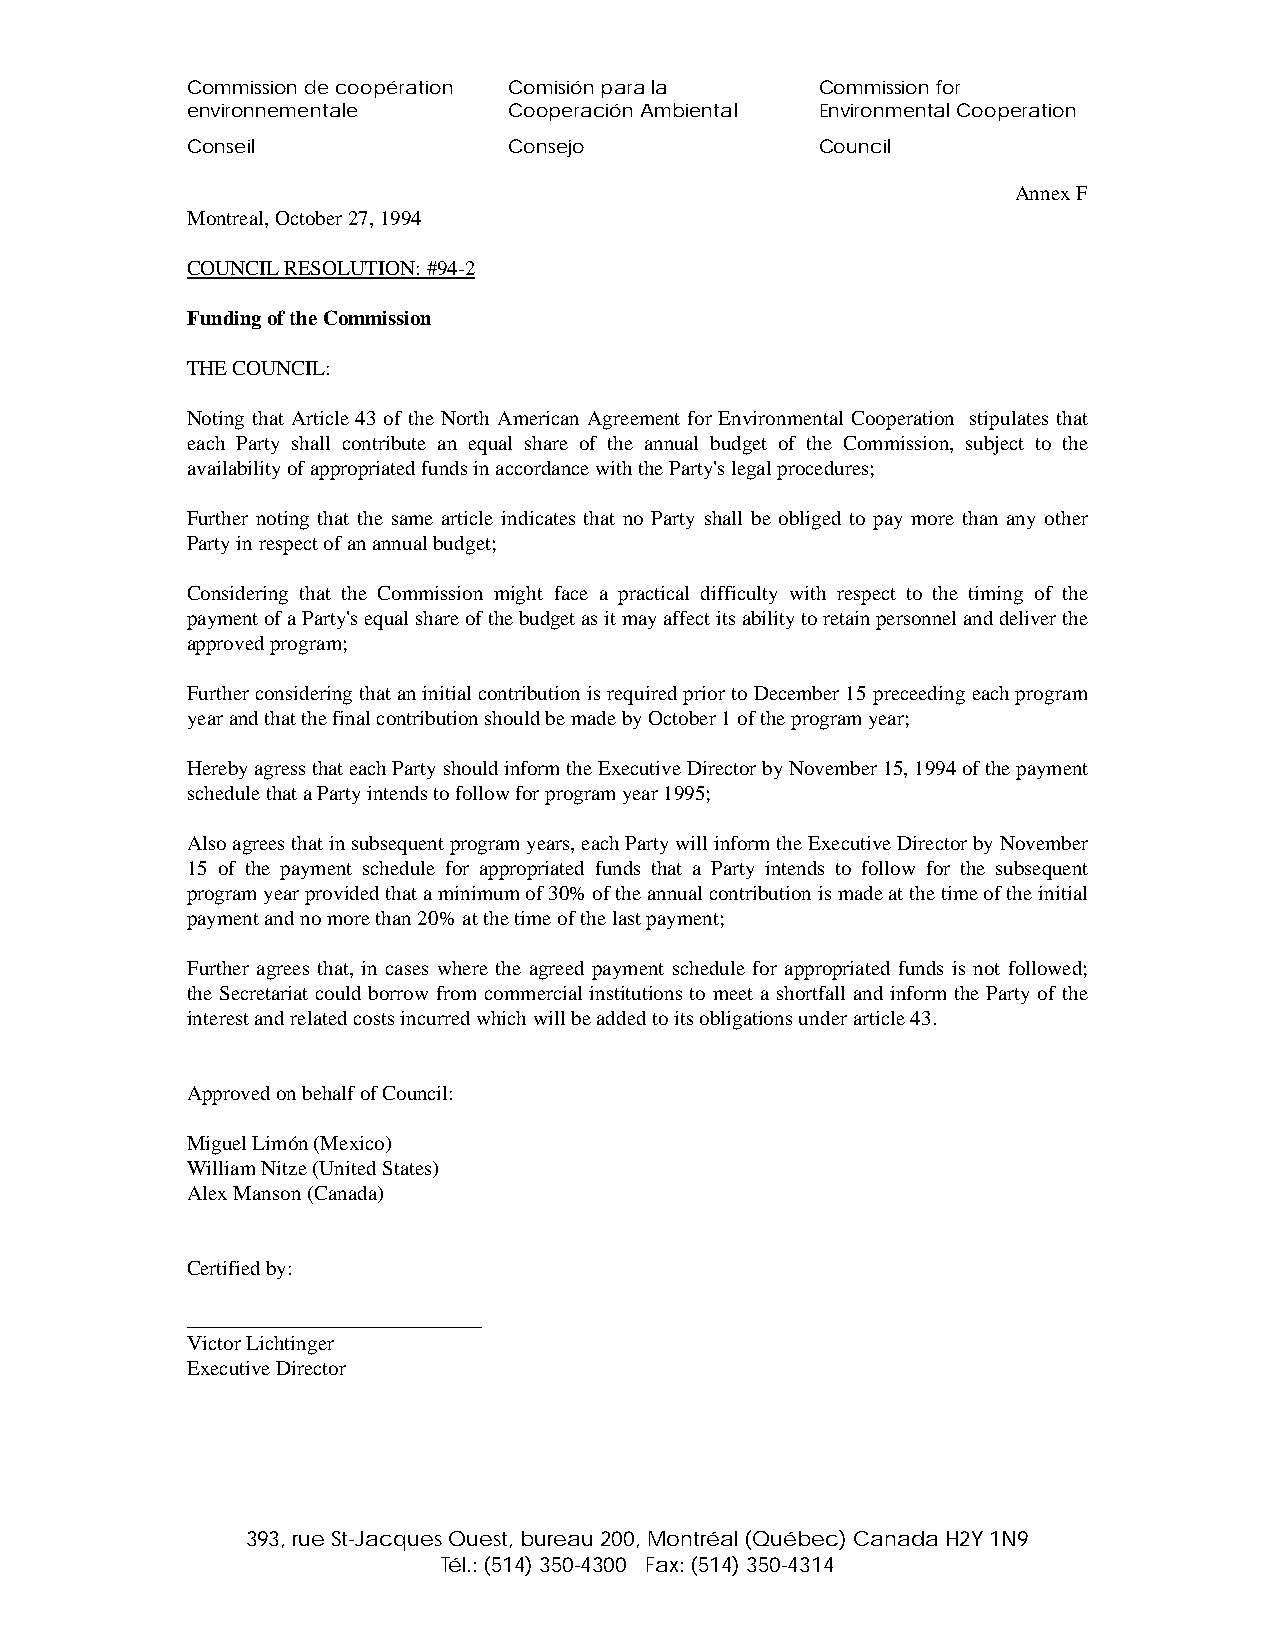
Commission de coopération Comisión para la Commission for
 environnementale      Cooperación Ambiental Environmental Cooperation
 Conseil               Consejo             Council
 Annex F
 Montreal, October 27, 1994
 COUNCIL RESOLUTION: #94-2
 Funding of the Commission
 THE COUNCIL:
 Noting that Article 43 of the North American Agreement for Environmental Cooperation stipulates that
 each Party shall contribute an equal share of the annual budget of the Commission, subject to the
 availability of appropriated funds in accordance with the Party's legal procedures;
 Further noting that the same article indicates that no Party shall be obliged to pay more than any other
 Party in respect of an annual budget;
 Considering that the Commission might face a practical difficulty with respect to the timing of the
 payment of a Party's equal share of the budget as it may affect its ability to retain personnel and deliver the
 approved program;
 Further considering that an initial contribution is required prior to December 15 preceeding each program
 year and that the final contribution should be made by October 1 of the program year;
 Hereby agress that each Party should inform the Executive Director by November 15, 1994 of the payment
 schedule that a Party intends to follow for program year 1995;
 Also agrees that in subsequent program years, each Party will inform the Executive Director by November
 15 of the payment schedule for appropriated funds that a Party intends to follow for the subsequent
 program year provided that a minimum of 30% of the annual contribution is made at the time of the initial
 payment and no more than 20% at the time of the last payment;
 Further agrees that, in cases where the agreed payment schedule for appropriated funds is not followed;
 the Secretariat could borrow from commercial institutions to meet a shortfall and inform the Party of the
 interest and related costs incurred which will be added to its obligations under article 43.
 Approved on behalf of Council:
 Miguel Limón (Mexico)
 William Nitze (United States)
 Alex Manson (Canada)
 Certified by:
 ____________________________
 Victor Lichtinger
 Executive Director
 393, rue St-Jacques Ouest, bureau 200, Montréal (Québec) Canada H2Y 1N9
 Tél.: (514) 350-4300 Fax: (514) 350-4314